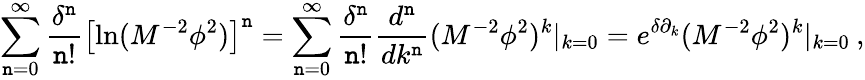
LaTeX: \sum_{\mathtt{n}=0}^{\infty}\frac{{\delta^{\mathtt{n}}}}{{\mathtt{n}!}}\left[\ln(M^{-2}\phi^{2})\right]^{\mathtt{n}}=\sum_{\mathtt{n}=0}^{\infty}\frac{{\delta^{\mathtt{n}}}}{{\mathtt{n}!}}\frac{{d^{\mathtt{n}}}}{{dk^{\mathtt{n}}}}(M^{-2}\phi^{2})^{k}|_{k=0}=e^{\delta\partial_{k}}(M^{-2}\phi^{2})^{k}|_{k=0}\: ,